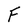
Character: F